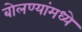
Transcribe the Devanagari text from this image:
बोलण्यांमध्ये